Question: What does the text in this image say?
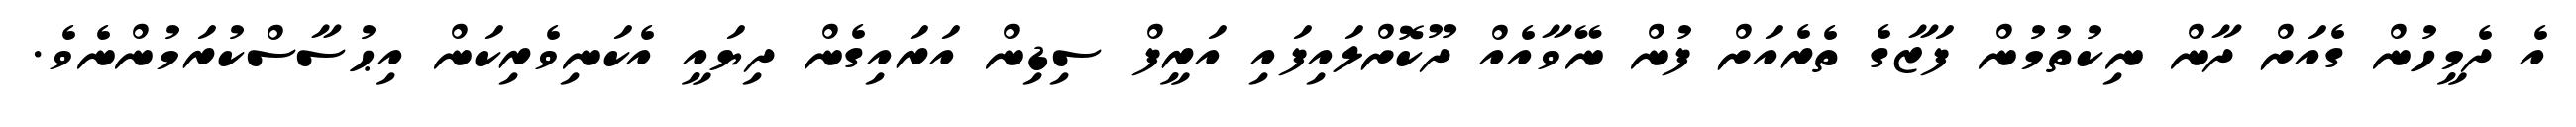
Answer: އެ ދެމީހުން ގެއަށް ދާން ނިކުތުމުން ފަޒާގެ ތެރެއަށް ފުން ނޭވާއެއް ދޫކޮށްލައިފައި އަރީފް ސިޑިން އަރައިގެން ދިޔައީ އެކަނިވެރިކަން އިޙުސާސްކުރަމުންނެވެ.